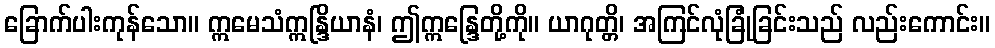
ခြောက်ပါးကုန်သော။ ဣမေသံဣန္ဒြိယာနံ၊ ဤဣန္ဒြေတို့ကို။ ယာဂုတ္တိ၊ အကြင်လုံခြုံခြင်းသည် လည်းကောင်း။